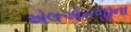
એલએનજીના